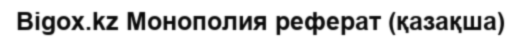
Bigox.kz Монополия реферат (қазақша)